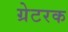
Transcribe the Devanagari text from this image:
ग्रेटरक